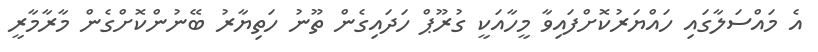
އެ މައްސަލާގައި ހައްޔަރުކޮށްފައިވާ މީހާއަކީ ގުރޫޕް ހަދައިގެން ތޫނު ހަތިޔާރު ބޭނުންކޮށްގެން މާރާމާރީ